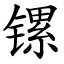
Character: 镙